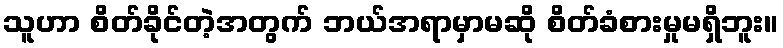
သူဟာ စိတ်ခိုင်တဲ့အတွက် ဘယ်အရာမှာမဆို စိတ်ခံစားမှုမရှိဘူး။